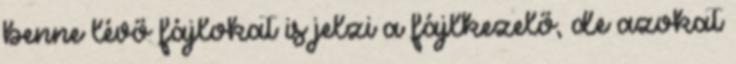
benne lévő fájlokat is jelzi a fájlkezelő, de azokat